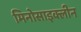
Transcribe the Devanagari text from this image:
मिनोसाइक्लीन